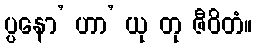
ပ္ပနော’ ဟာ’ ယု တု ဇီဝိတံ။